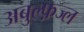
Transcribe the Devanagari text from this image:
अबुल्फ़ज्ल